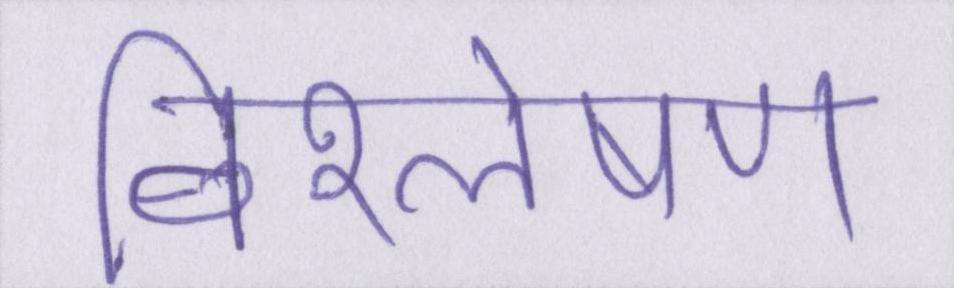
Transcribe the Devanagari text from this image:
विश्लेषण